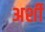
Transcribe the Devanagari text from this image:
अर्शी